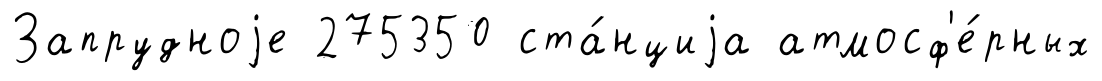
Запрудноjе 275350 ста́нциjа атмосф'е́рных